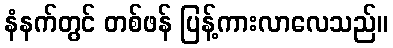
နံနက်တွင် တစ်ဖန် ပြန့်ကားလာလေသည်။